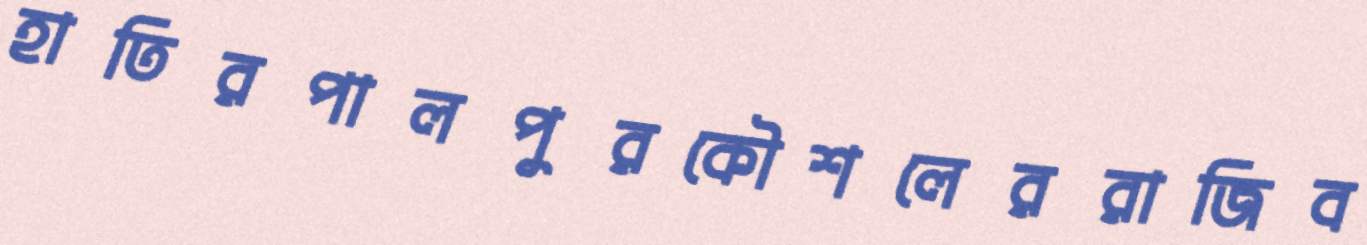
হাতিরপালপুরকৌশলেররাজিব